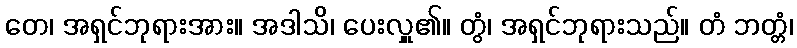
တေ၊ အရှင်ဘုရားအား။ အဒါသိ၊ ပေးလှူ၏။ တွံ၊ အရှင်ဘုရားသည်။ တံ ဘတ္တံ၊